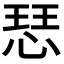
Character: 𢜈